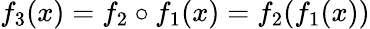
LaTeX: f_{3}(x)=f_{2}\circ f_{1}(x)=f_{2}(f_{1}(x))